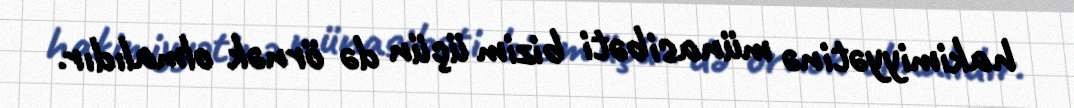
hakimiyyətinə münasibəti bizim üçün də örnək olmalıdır.